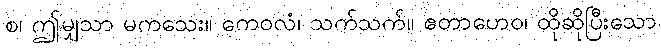
စ၊ ဤမျှသာ မကသေး။ ကေဝလံ၊ သက်သက်။ ဧတာဟေဝ၊ ထိုဆိုပြီးသော